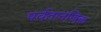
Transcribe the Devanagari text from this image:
पर्वतानजिक